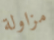
مزاولة